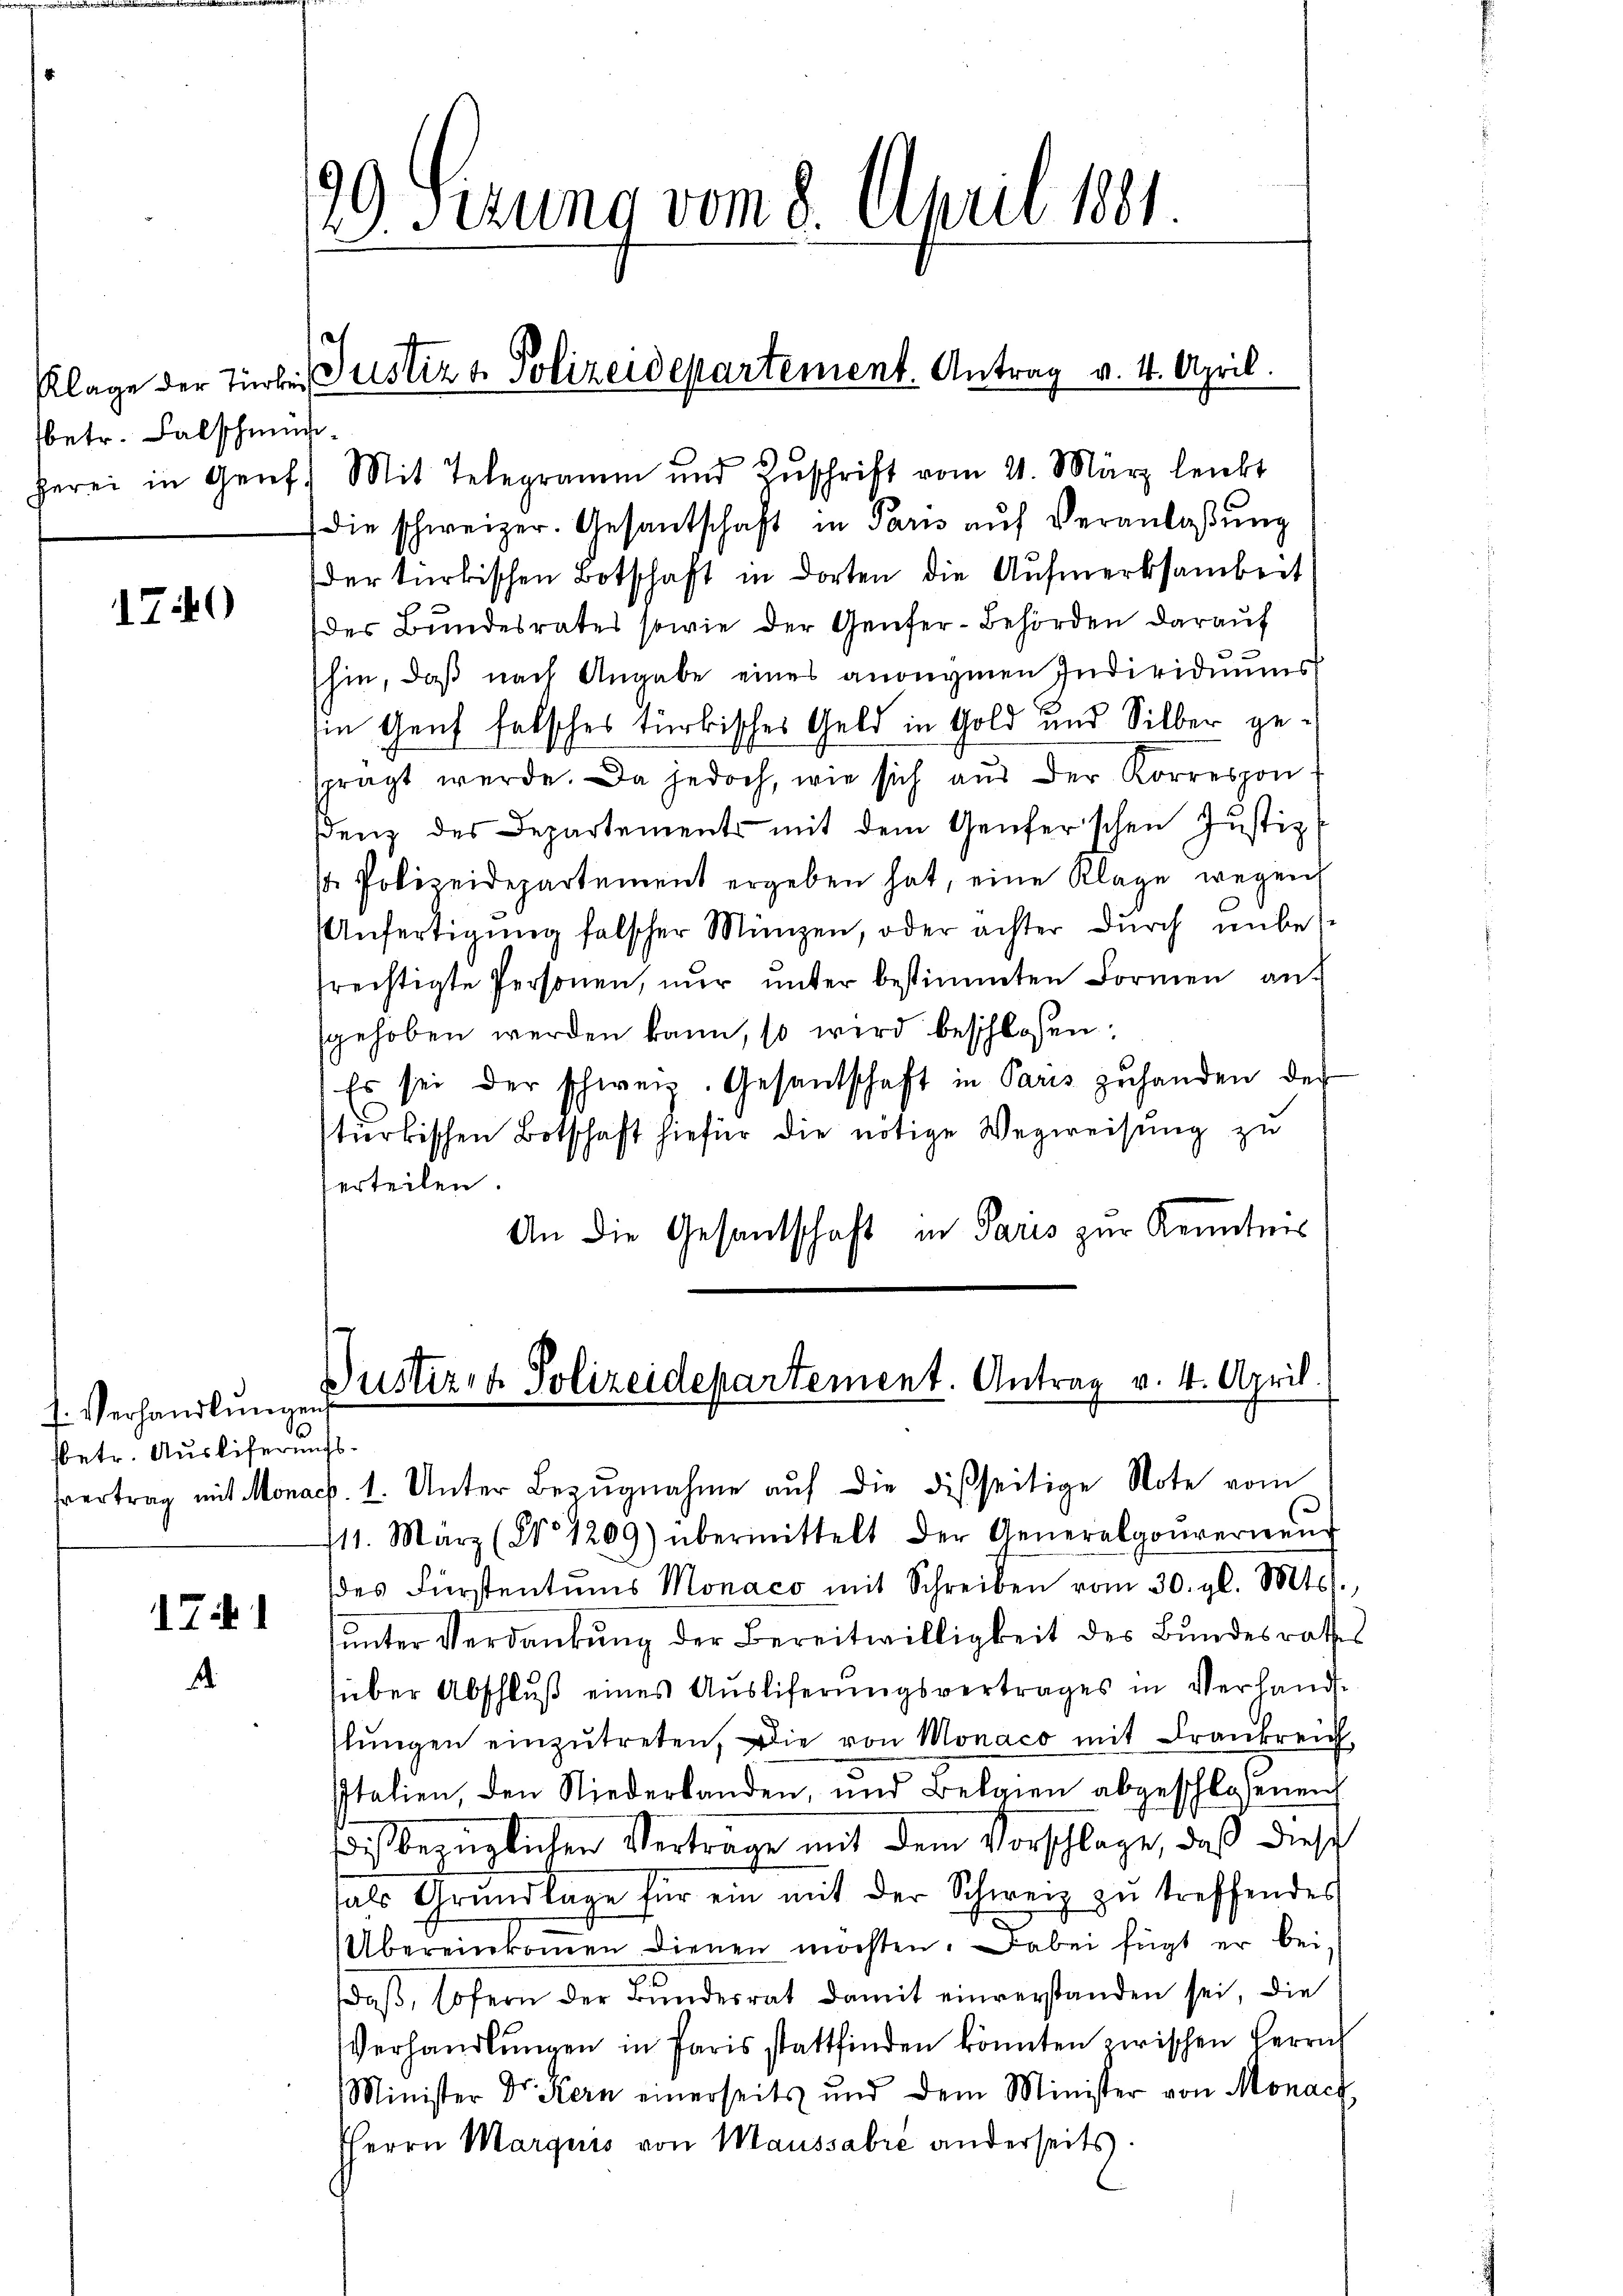
betr. Falschmüc

140

f. Verhandlungen
sbetr. Ausliferungs¬

1
.

29. Sezung vom 8. April 1881.

herei in Genf) Mit Telegramm und Zŭschrift vom 21. März lenkt
die schweizer. Gesantschaft in Paris auf Veranlaßung
der türkischen Botschaft in dorten die Aufmerksamkeit
des Bundesrates sowie der Genfer-Behörden darauf
2
hin, daß nach Angabe eines anonymen Individuums
Ein Genf falsches türkisches Geld in Gold und Silber gesprägt werde. Da jedoch, wie sich aŭs der Korrespon-
denz des Departements mit dem Genferschen Justiz
. Polizeidepartement ergeben hat, eine Klage wegen
Anfertigŭng falscher Münzen, oder achter dŭrch unbefrechtigte Personen, nŭr ŭnter bestimmten Formen an-
gehoben werden kann, so wird beschlossen:
Es sei der schweiz. Gesandschaft in Paris zuhanden der
stürkischen Botschaft hiefür die nötige Wegweisung zu
erteilen.
An die Gesantschaft in Paris zur Kenntnis
Gustiz- & Polizeidepartement. Antrag v. 4. April.
vertrag mit Monach. 1. Unter Bezŭgnahme auf die disseitige Note vom
711. März (No 1209) übermittelt der Generalgouverneŭ
des Fürstentums Monaco mit Schreiben vom 30. gl. Mts.,
unter Verdankung der Bereitwilligkeit des Bundesrathes
süber Abschlŭβ eines Ausliferŭngsvertrages in Verhand-
lŭngen einzŭtreten, die von Monaco mit Frankreich
Italien, den Niederbanden, und Belaien abgeschlossenen
is bezüglichen Verträge mit dem Vorschlage, daß diese
als Grŭndlage für ein mit der Schweiz zŭ treffendes
Übereinkommen dienen möchten. Dabei fügt er bei-
daβ, sofern der Bŭndesrat damit einverstanden sei, die
Verhandlungen in Paris stattfinden könnten zwischen Verrich
Minister Dr. Kern einerseits und dem Minister von Monach
HHerrn Marquis von Maussabre anderseits

Klage der Turben Justiz & Polizeidepartement. Antrag v. 4. April.